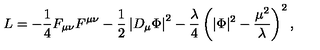
L = - { \frac { 1 } { 4 } } F _ { \mu \nu } F ^ { \mu \nu } - { \frac { 1 } { 2 } } \left| D _ { \mu } \Phi \right| ^ { 2 } - { \frac { \lambda } { 4 } } \left( | \Phi | ^ { 2 } - { \frac { \mu ^ { 2 } } { \lambda } } \right) ^ { 2 } ,